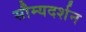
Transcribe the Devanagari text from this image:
सौम्यदर्शन